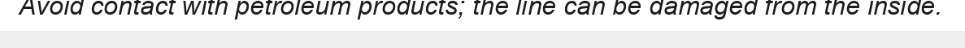
Avoid contact with petroleum products; the line can be damaged from the inside.